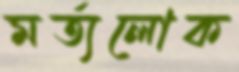
মর্ত্যলোক